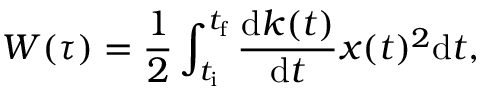
W ( \tau ) = \frac { 1 } { 2 } \int _ { t _ { \mathrm { i } } } ^ { t _ { \mathrm { f } } } \frac { \mathrm { d } k ( t ) } { \mathrm { d } t } x ( t ) ^ { 2 } \mathrm { d } t ,